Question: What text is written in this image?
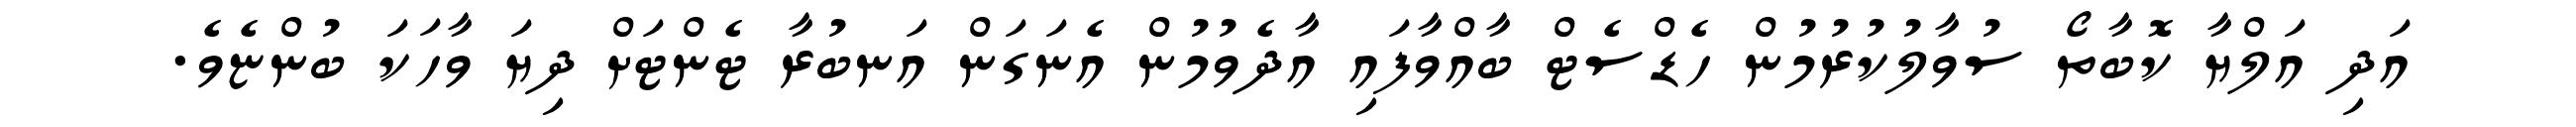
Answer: އަދި އަލްޔާ ކޮބާތޯ ސުވާލުކުރުމުން ހެޑްސެޓް ބާއްވާފައި އާދެވުމުން އެނަގަން އަނބުރާ ޓެންޓަށް ދިޔަ ވާހަކަ ބުންޏެވެ.